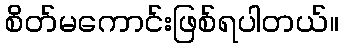
စိတ်မကောင်းဖြစ်ရပါတယ်။